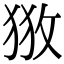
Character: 𢼥